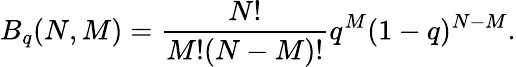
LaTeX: B_{q}(N,M)=\frac{N!}{M!(N-M)!}q^{M}(1-q)^{N-M}.